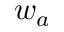
w _ { a }